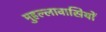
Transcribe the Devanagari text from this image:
मुहल्लावासियों